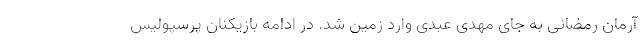
آرمان رمضانی به جای مهدی عبدی وارد زمین شد. در ادامه بازیکنان پرسپولیس